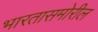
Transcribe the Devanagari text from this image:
भारतासमोरील